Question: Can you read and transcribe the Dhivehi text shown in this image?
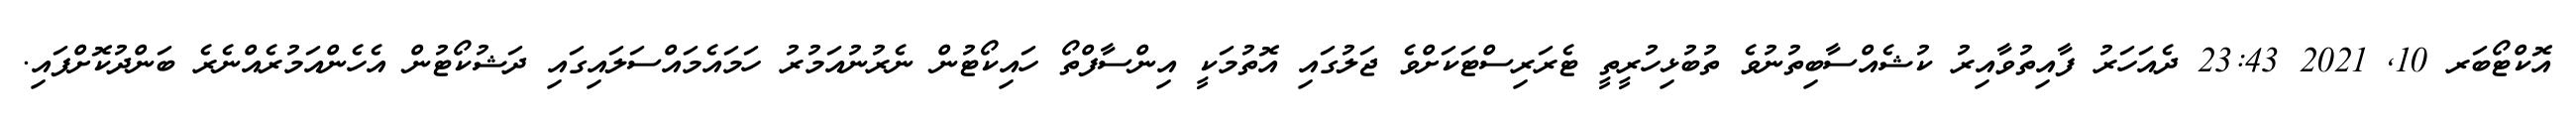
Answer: އޮކްޓޯބަރ 10, 2021 23:43 ދެއަހަރު ފާއިތުވާއިރު ކުޝެއްސާބިތުނުވެ ތުބުޅިހުރީތީ ޓެރަރިސްޓަކަށްވެ ޖަލުގައި އޮތުމަކީ އިންސާފްތޯ ހައިކޯޓުން ނެރުނުއަމުރު ހަމައެމައްސަލައިގައި ދަޝުކޯޓުން އެހެންއަމުރެއްނެރެ ބަންދުކޮށްފައި.